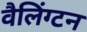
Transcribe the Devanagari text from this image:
वैलिंग्टन